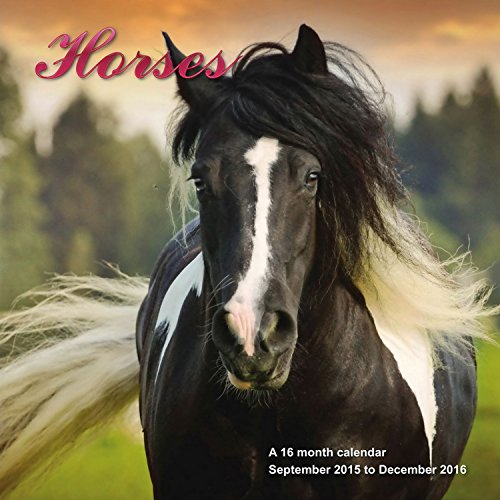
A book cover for Horses Calendar - 2016 Wall calendars - Animal Calendar - Monthly Wall Calendar by Magnum; MegaCalendars; Calendars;